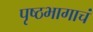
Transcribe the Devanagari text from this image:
पृष्ठभागाचं